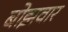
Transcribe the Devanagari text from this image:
बोझवार